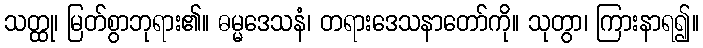
သတ္ထု၊ မြတ်စွာဘုရား၏။ ဓမ္မဒေသနံ၊ တရားဒေသနာတော်ကို။ သုတွာ၊ ကြားနာရ၍။